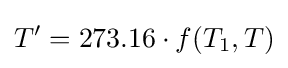
T'=273.16\cdot f(T_{1},T)